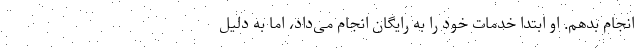
انجام بدهم. او ابتدا خدمات خود را به رایگان انجام می‌داد، اما به دلیل